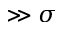
\gg \sigma